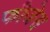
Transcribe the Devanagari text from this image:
फौजेस